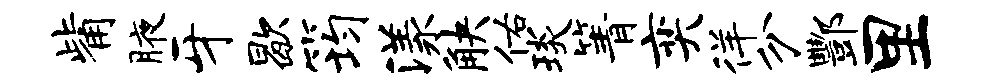
觜腋牙歇筠漾觖佑琰箐奕徉分酆里